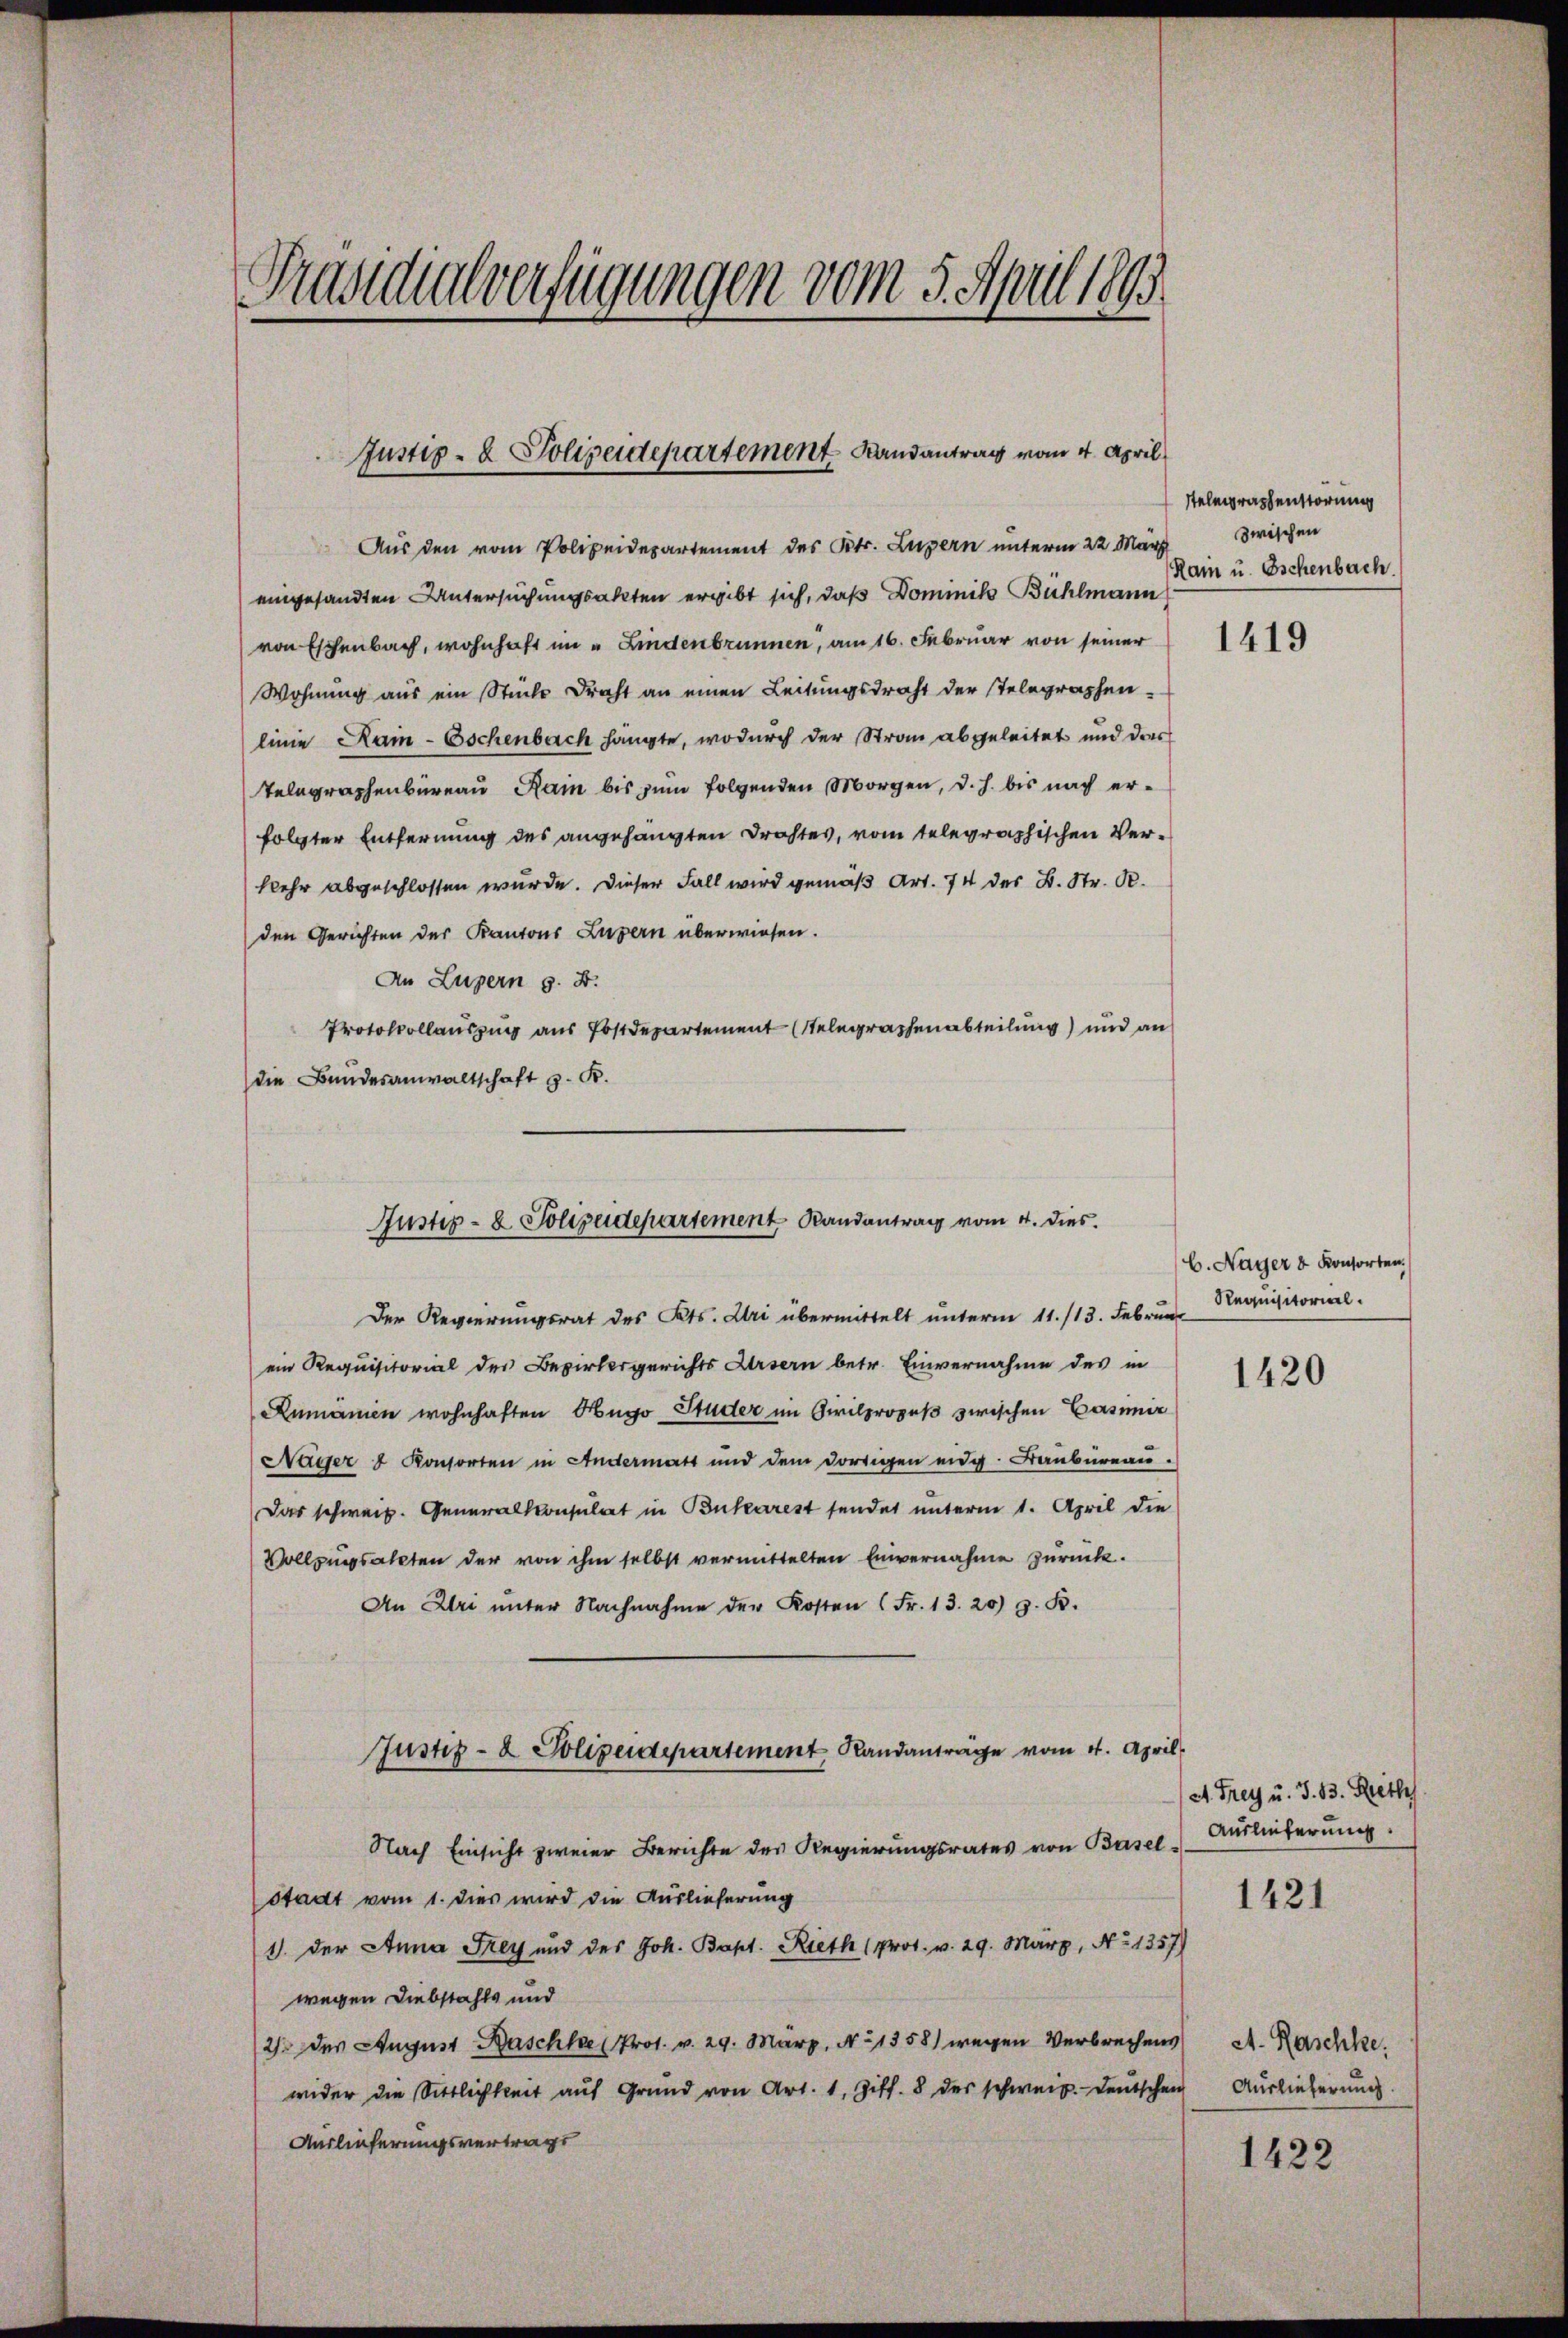
Präsidialverfügungen vom 5. April 1893.

Justiz- & Polizeidepartement Landantrag vom 4. April

Aus den vom Polizeidepartement des Kts. Luzern unterm 22. März zwischen
eingesandten Untersuchungsakten ergibt sich, daß Dominik Bühlmann
von Eschenbach, wohnhaft im „Lindenbrunnen, am 16. Februar von seiner
Wohnung aus ein Stücke dracht an einen Leitungsdraht der Telegraphen-
linie Kai-Eschenbach hängte, wodurch der Strau abgeleitet und das
Telegraphenbureau Ram bis zum folgenden Morgen, d. h. bis nach erfolgter Entfernung des angehängten Drahtes, vom telegraphischen Verkehr abgeschlossen wurde. Dieser Fall wird gemäß Art. 74 des B. Str. R.
den Gerichten des Kantons Luzern überwiesen.
An Luzern z. B.
Protokollauszug aus Postdepartement telegraphenabteilung) und an
die Bundesanwaltschaft z. K.
Der Regierungsrat des Kts. Uri übermittelt unterm 11./13. Februar
ein Requisitorial des Bezirksgerichts Ursern betr. Einvernahme des in
Rumänien wohnhaften Hugo Studer im Civilprozeß zwischen Casimir
Nager & Konsorten in Andermatt und dem dortigen eidg. Baŭbüreaŭ.
Das schweiz. Generalkonsulat in Bukarest sendet unterm 1. April die
Vollzungsakten der von ihm selbst vermittelten Einvernahme zurück.
An Uri unter Nachnahme der Kosten (Fr. 13. 20) z. B.
Justiz- & Polizeidepartement Randanträge vom 4. April.
Nach Einsicht zweier Berichte der Regierungsrates von Basel-
stadt vom 1. Dies wird die Auslieferung
1) der Anna Frey und des Joh. Bapt. Rieth (prot. v. 29. März, No 1357)
wegen Diebstahls und
21 des August Baschte Prot. v. 29. März, No 1358) wegen Verbrechens
wider die Sittlichkeit aŭf Grund von Art. 1, Ziff. 8 des schweiz. Deutschen
Auslieferungsvertrags

Justiz- & Polizeidepartement Randantrag vom 4. dies

Stelegraphenstörung
Rain u. Oschenbach

1419

b. Nager & Konsorten.
Requisitorial.

1420

A. Frey u. S. 13. Reth
Auslieferung.

1421

At. Raschke
Auslieferung

1422